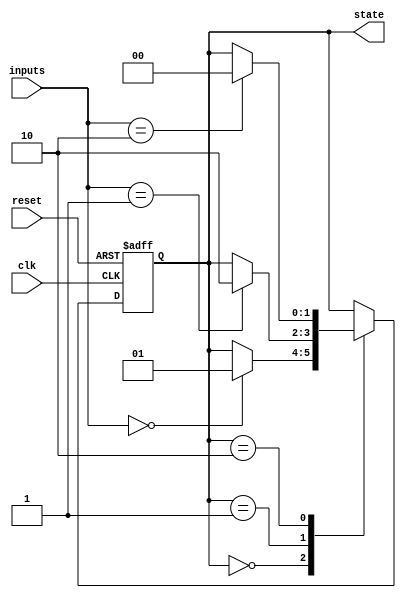
module state_machine (
    input wire clk,
    input wire reset,
    input wire [1:0] inputs,
    output reg [1:0] state
);

// State encoding
parameter STATE_A = 2'b00;
parameter STATE_B = 2'b01;
parameter STATE_C = 2'b10;

// State machine logic
always @(posedge clk or posedge reset) begin
    if (reset) begin
        state <= STATE_A;
    end else begin
        case (state)
            STATE_A: begin
                if (inputs == 2'b00) begin
                    state <= STATE_B;
                end
            end
            STATE_B: begin
                if (inputs == 2'b01) begin
                    state <= STATE_C;
                end
            end
            STATE_C: begin
                if (inputs == 2'b10) begin
                    state <= STATE_A;
                end
            end
        endcase
    end
end

endmodule